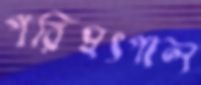
পরিষৎপাল